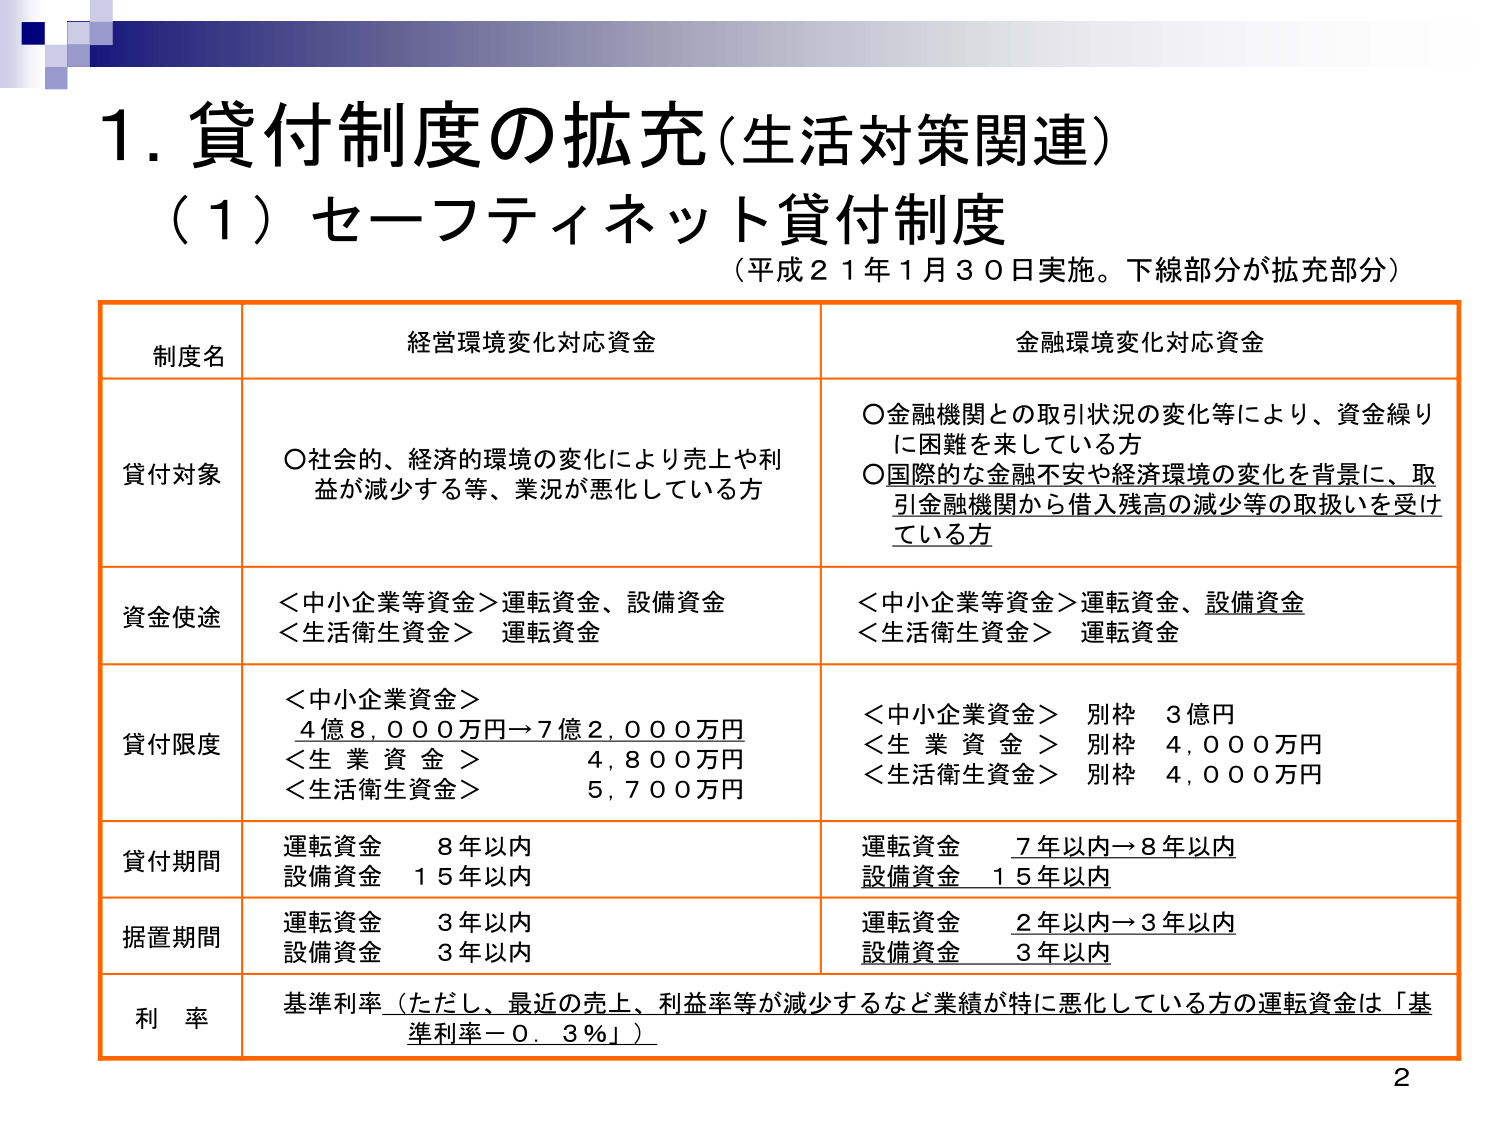
1. 貸付制度の拡充（生活対策関連）
（1）セーフティネット貸付制度
（平成21年1月30日実施。下線部分が拡充部分）

制度名
経営環境変化対応資金
金融環境変化対応資金

貸付対象
〇社会的、経済的環境の変化により売上や利益が減少する等、業況が悪化している方
〇金融機関との取引状況の変化等により、資金繰りに困難を来している方
〇国際的な金融不安や経済環境の変化を背景に、取引金融機関から借入残高の減少等の取扱いを受けている方

資金使途
＜中小企業等資金＞運転資金、設備資金
＜生活衛生資金＞運転資金
＜中小企業等資金＞運転資金、設備資金
＜生活衛生資金＞運転資金

貸付限度
＜中小企業資金＞ 4億8,000万円→7億2,000万円
＜生業資金＞ 4,800万円
＜生活衛生資金＞ 5,700万円
＜中小企業資金＞ 別枠 3億円
＜生業資金＞ 別枠 4,000万円
＜生活衛生資金＞ 別枠 4,000万円

貸付期間
運転資金 8年以内
設備資金 15年以内
運転資金 7年以内→8年以内
設備資金 15年以内

据置期間
運転資金 3年以内
設備資金 3年以内
運転資金 2年以内→3年以内
設備資金 3年以内

利 率
基準利率（ただし、最近の売上、利益率等が減少するなど業績が特に悪化している方の運転資金は「基準利率－0.3％」）

2